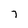
Character: 7